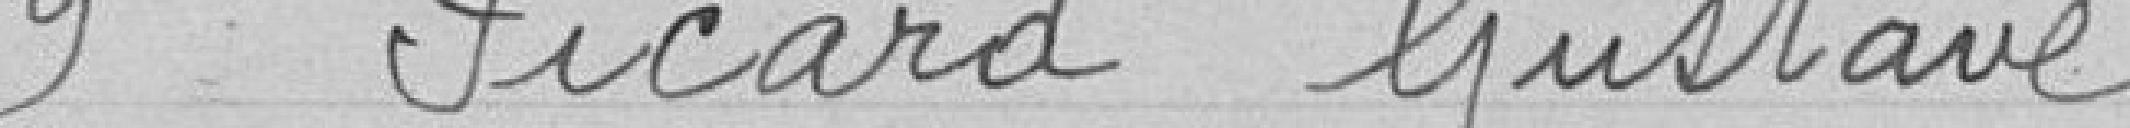
9 Picard Gustave